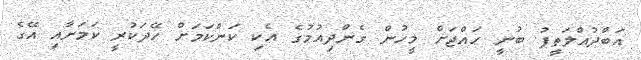
އަބްދުއްލަތީފު ބުނީ ހައްޖަށް މީހުން ގެންދިއުމުގެ އެކި ކަންކަމަށް ހޭދަކުރީ ކަމަށާއި އޭގެ